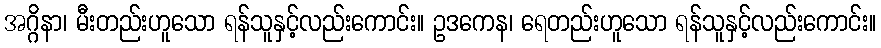
အဂ္ဂိနာ၊ မီးတည်းဟူသော ရန်သူနှင့်လည်းကောင်း။ ဥဒကေန၊ ရေတည်းဟူသော ရန်သူနှင့်လည်းကောင်း။